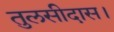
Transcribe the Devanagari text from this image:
तुलसीदास।